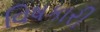
વિષકારી